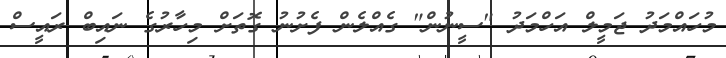
މުހައްމަދު ޖަމީލް އަހްމަދު "ސީނުން" ގެއްލެން ފެށުނު ގޮތަށް މިހާރުގެ ނައިބް ރައީސް